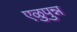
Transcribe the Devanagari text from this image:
एळुपुन्न